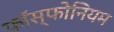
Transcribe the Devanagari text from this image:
फॉस्फोनियम